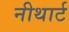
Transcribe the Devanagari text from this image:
नीथार्ट